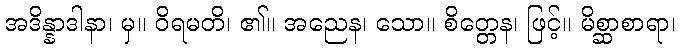
အဒိန္နာဒါနာ၊ မှ။ ဝိရမတိ၊ ၏။ အညေန၊ သော။ စိတ္တေန၊ ဖြင့်။ မိစ္ဆာစာရာ၊